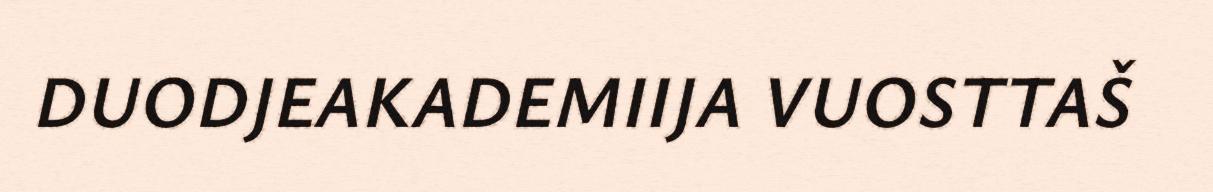
DUODJEAKADEMIIJA VUOSTTAŠ